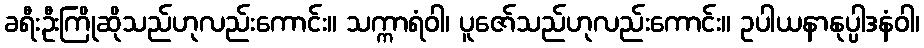
ခရီးဦးကြိုဆိုသည်ဟုလည်းကောင်း။ သက္ကာရံဝါ၊ ပူဇော်သည်ဟုလည်းကောင်း။ ဥပါယနာနုပ္ပါဒနံဝါ၊